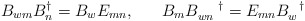
\begin{align*}B_{wm}B^{\dagger}_{n} = B_{w}E_{mn}, \;\;\;\;\;\;B_{m}B_{wn}^{\;\;\;\;\;\;\dagger} = E_{mn}B_{w}^{\;\;\;\dagger}\end{align*}